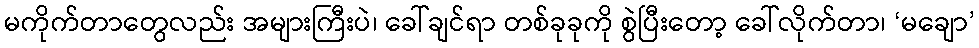
မကိုက်တာတွေလည်း အများကြီးပဲ၊ ခေါ်ချင်ရာ တစ်ခုခုကို စွဲပြီးတော့ ခေါ်လိုက်တာ၊ ‘မချော’